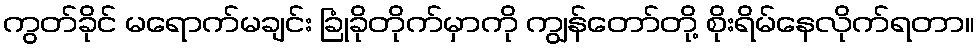
ကွတ်ခိုင် မရောက်မချင်း ခြုံခိုတိုက်မှာကို ကျွန်တော်တို့ စိုးရိမ်နေလိုက်ရတာ။